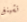
تشينغ